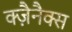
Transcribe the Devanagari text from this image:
क्ज़ैनैक्स